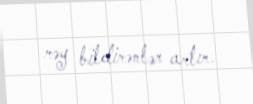
rəy bildirənlər artır.